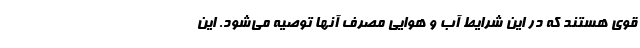
قوی هستند که در این شرایط آب و هوایی مصرف آنها توصیه می‌شود. این